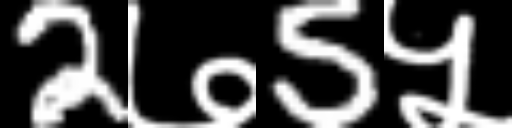
Text: 2७5५